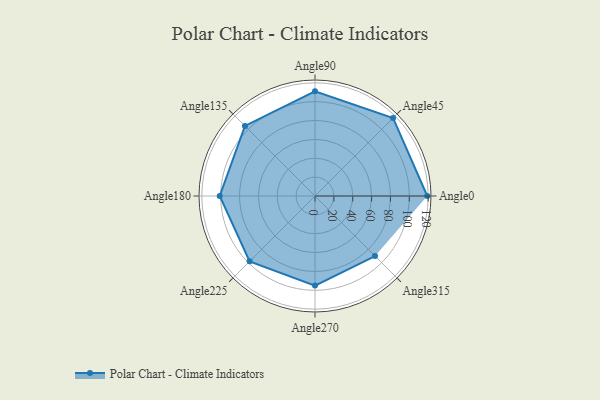
{"axis": {"x": "Angle", "y": "Radius"}, "legend": [""], "data": [{"x": "Angle0", "y": 119.0, "type": ""}, {"x": "Angle45", "y": 117.0, "type": ""}, {"x": "Angle90", "y": 111.0, "type": ""}, {"x": "Angle135", "y": 105.0, "type": ""}, {"x": "Angle180", "y": 101.0, "type": ""}, {"x": "Angle225", "y": 98.0, "type": ""}, {"x": "Angle270", "y": 95.0, "type": ""}, {"x": "Angle315", "y": 90.0, "type": ""}]}